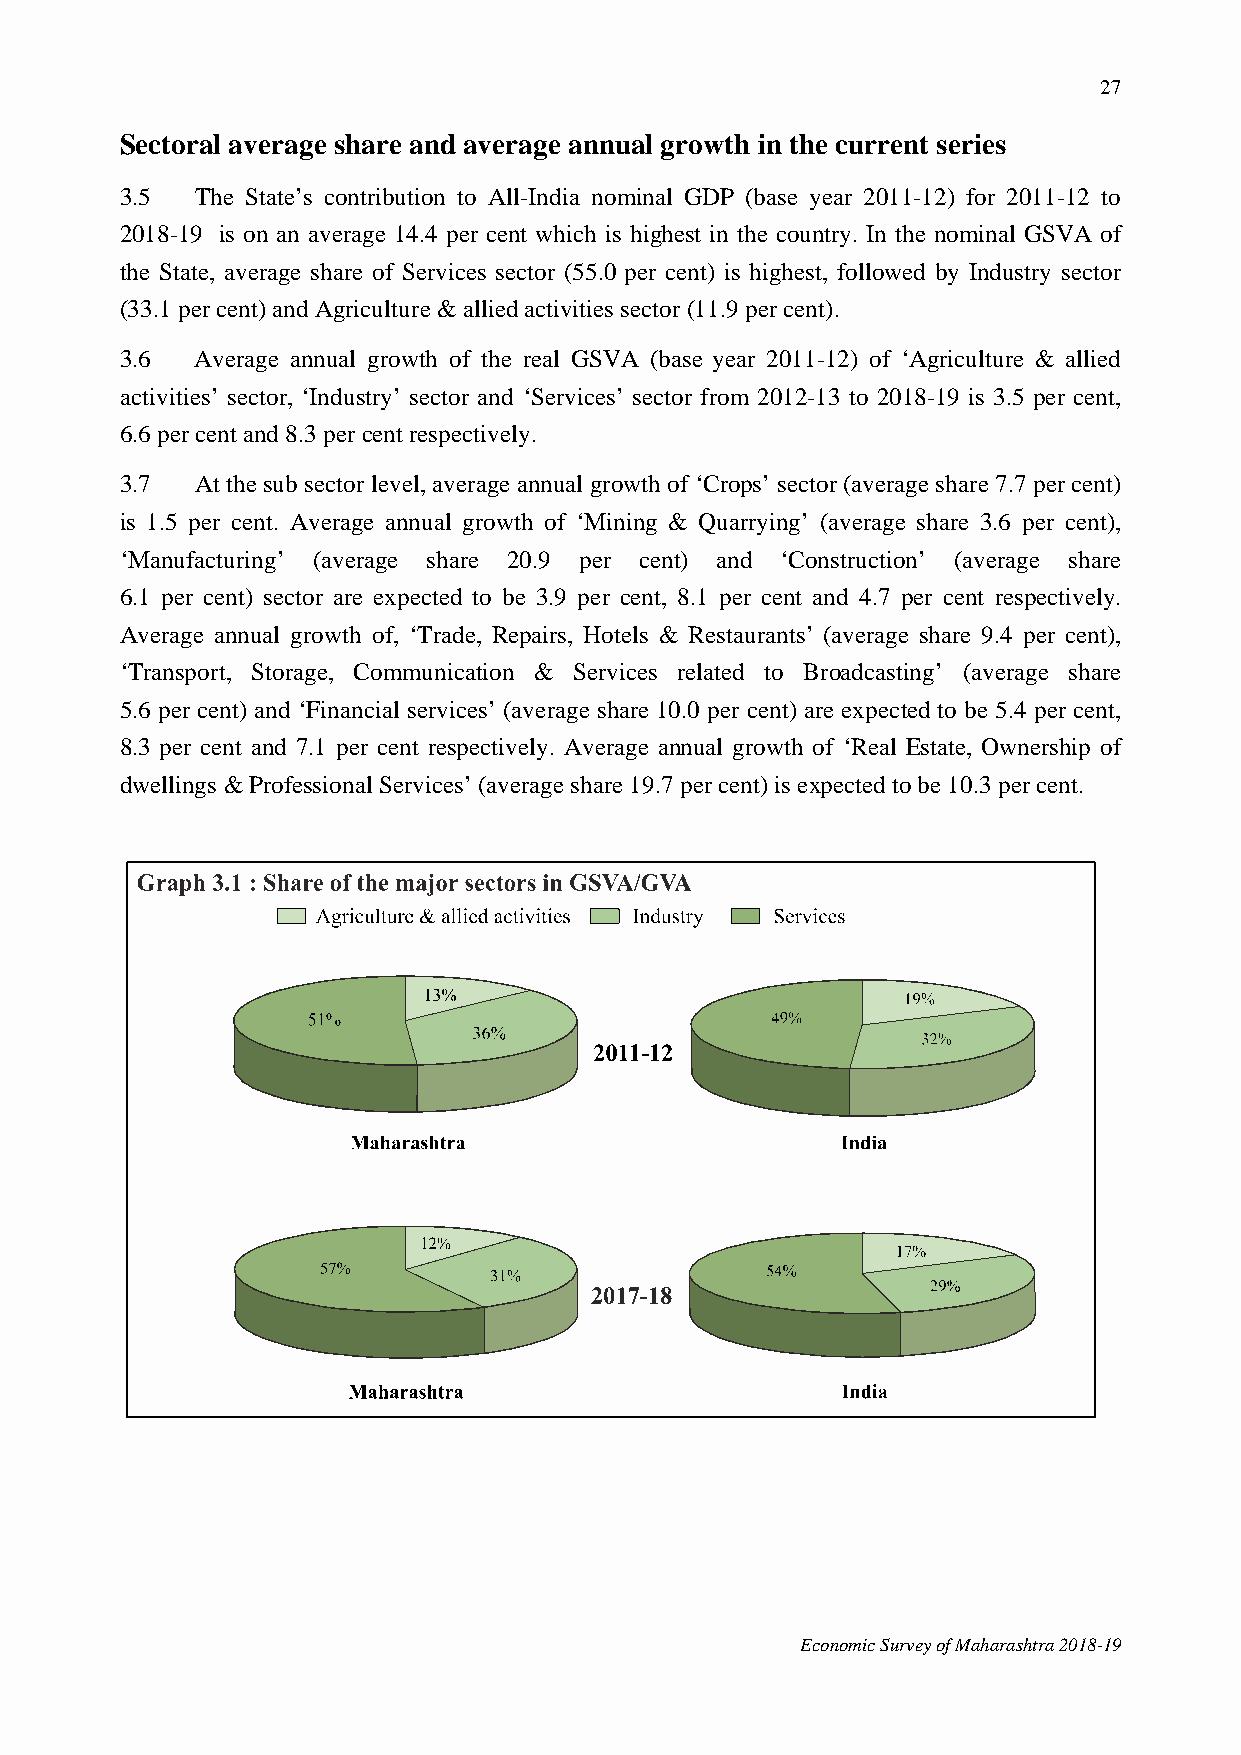
27
 Sectoral average share and average annual growth in the current series
 3.5  The State’s contribution to All-India nominal GDP (base year 2011-12) for 2011-12 to
 2018-19 is on an average 14.4 per cent which is highest in the country. In the nominal GSVA of
 the State, average share of Services sector (55.0 per cent) is highest, followed by Industry sector
 (33.1 per cent) and Agriculture & allied activities sector (11.9 per cent).
 3.6  Average annual growth of the real GSVA (base year 2011-12) of ‘Agriculture & allied
 activities’ sector, ‘Industry’ sector and ‘Services’ sector from 2012-13 to 2018-19 is 3.5 per cent,
 6.6 per cent and 8.3 per cent respectively.
 3.7  At the sub sector level, average annual growth of ‘Crops’ sector (average share 7.7 per cent)
 is 1.5 per cent. Average annual growth of ‘Mining & Quarrying’ (average share 3.6 per cent),
 ‘Manufacturing’ (average share 20.9 per cent) and ‘Construction’ (average share
 6.1 per cent) sector are expected to be 3.9 per cent, 8.1 per cent and 4.7 per cent respectively.
 Average annual growth of, ‘Trade, Repairs, Hotels & Restaurants’ (average share 9.4 per cent),
 ‘Transport, Storage, Communication & Services related to Broadcasting’ (average share
 5.6 per cent) and ‘Financial services’ (average share 10.0 per cent) are expected to be 5.4 per cent,
 8.3 per cent and 7.1 per cent respectively. Average annual growth of ‘Real Estate, Ownership of
 dwellings & Professional Services’ (average share 19.7 per cent) is expected to be 10.3 per cent.
 Economic Survey of Maharashtra 2018-19